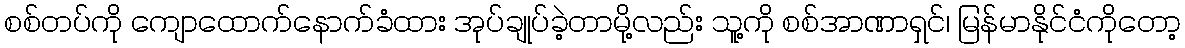
စစ်တပ်ကို ကျောထောက်နောက်ခံထား အုပ်ချုပ်ခဲ့တာမို့လည်း သူ့ကို စစ်အာဏာရှင်၊ မြန်မာနိုင်ငံကိုတော့